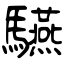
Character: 驠